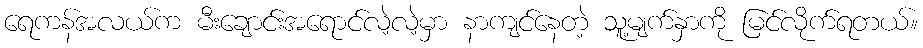
ရေကန်အလယ်က မီးချောင်းအရောင်လဲ့လဲ့မှာ နာကျင်နေတဲ့ သူ့မျက်နှာကို မြင်လိုက်ရတယ်။